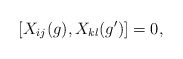
\begin{align*} [X_{ij}(g),X_{kl}(g')]=0, \end{align*}